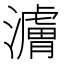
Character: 𬉜